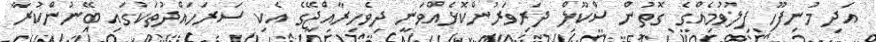
އަދި މުނިފޫހި ފިލުވުމެއްގެ ގޮތުން ސްކޫލް ދަރިވަރުންކޮޅެއްވަނީ ދިވެހިރާއްޖޭގެ އެކި ސަރަހައްދުތަކުގައި ބޭނުންކުރާ